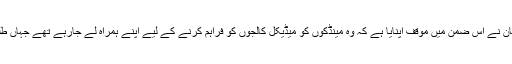
پولیس کے ذمہ دار ذرائع کا کہنا ہے کہ ملزمان نے اس ضمن میں موقف اپنایا ہے کہ وہ مینڈکوں کو میڈیکل کالجوں کو فراہم کرنے کے لیے اپنے ہمراہ لے جارہے تھے جہاں طلبا ء و طالبات نے ان پر تجربات کرنے تھے۔